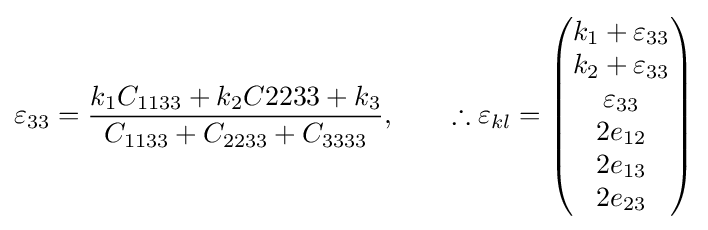
\varepsilon _{33}={k_{1}C_{1133}+k_{2}C{2233}+k_{3} \over C_{1133}+C_{2233}+C_{3333}},\qquad \therefore \varepsilon _{kl}={\begin{pmatrix}{k_{1}+\varepsilon _{33}}\\{k_{2}+\varepsilon _{33}}\\{\varepsilon _{33}}\\{2e_{12}}\\{2e_{13}}\\{2e_{23}}\\\end{pmatrix}}